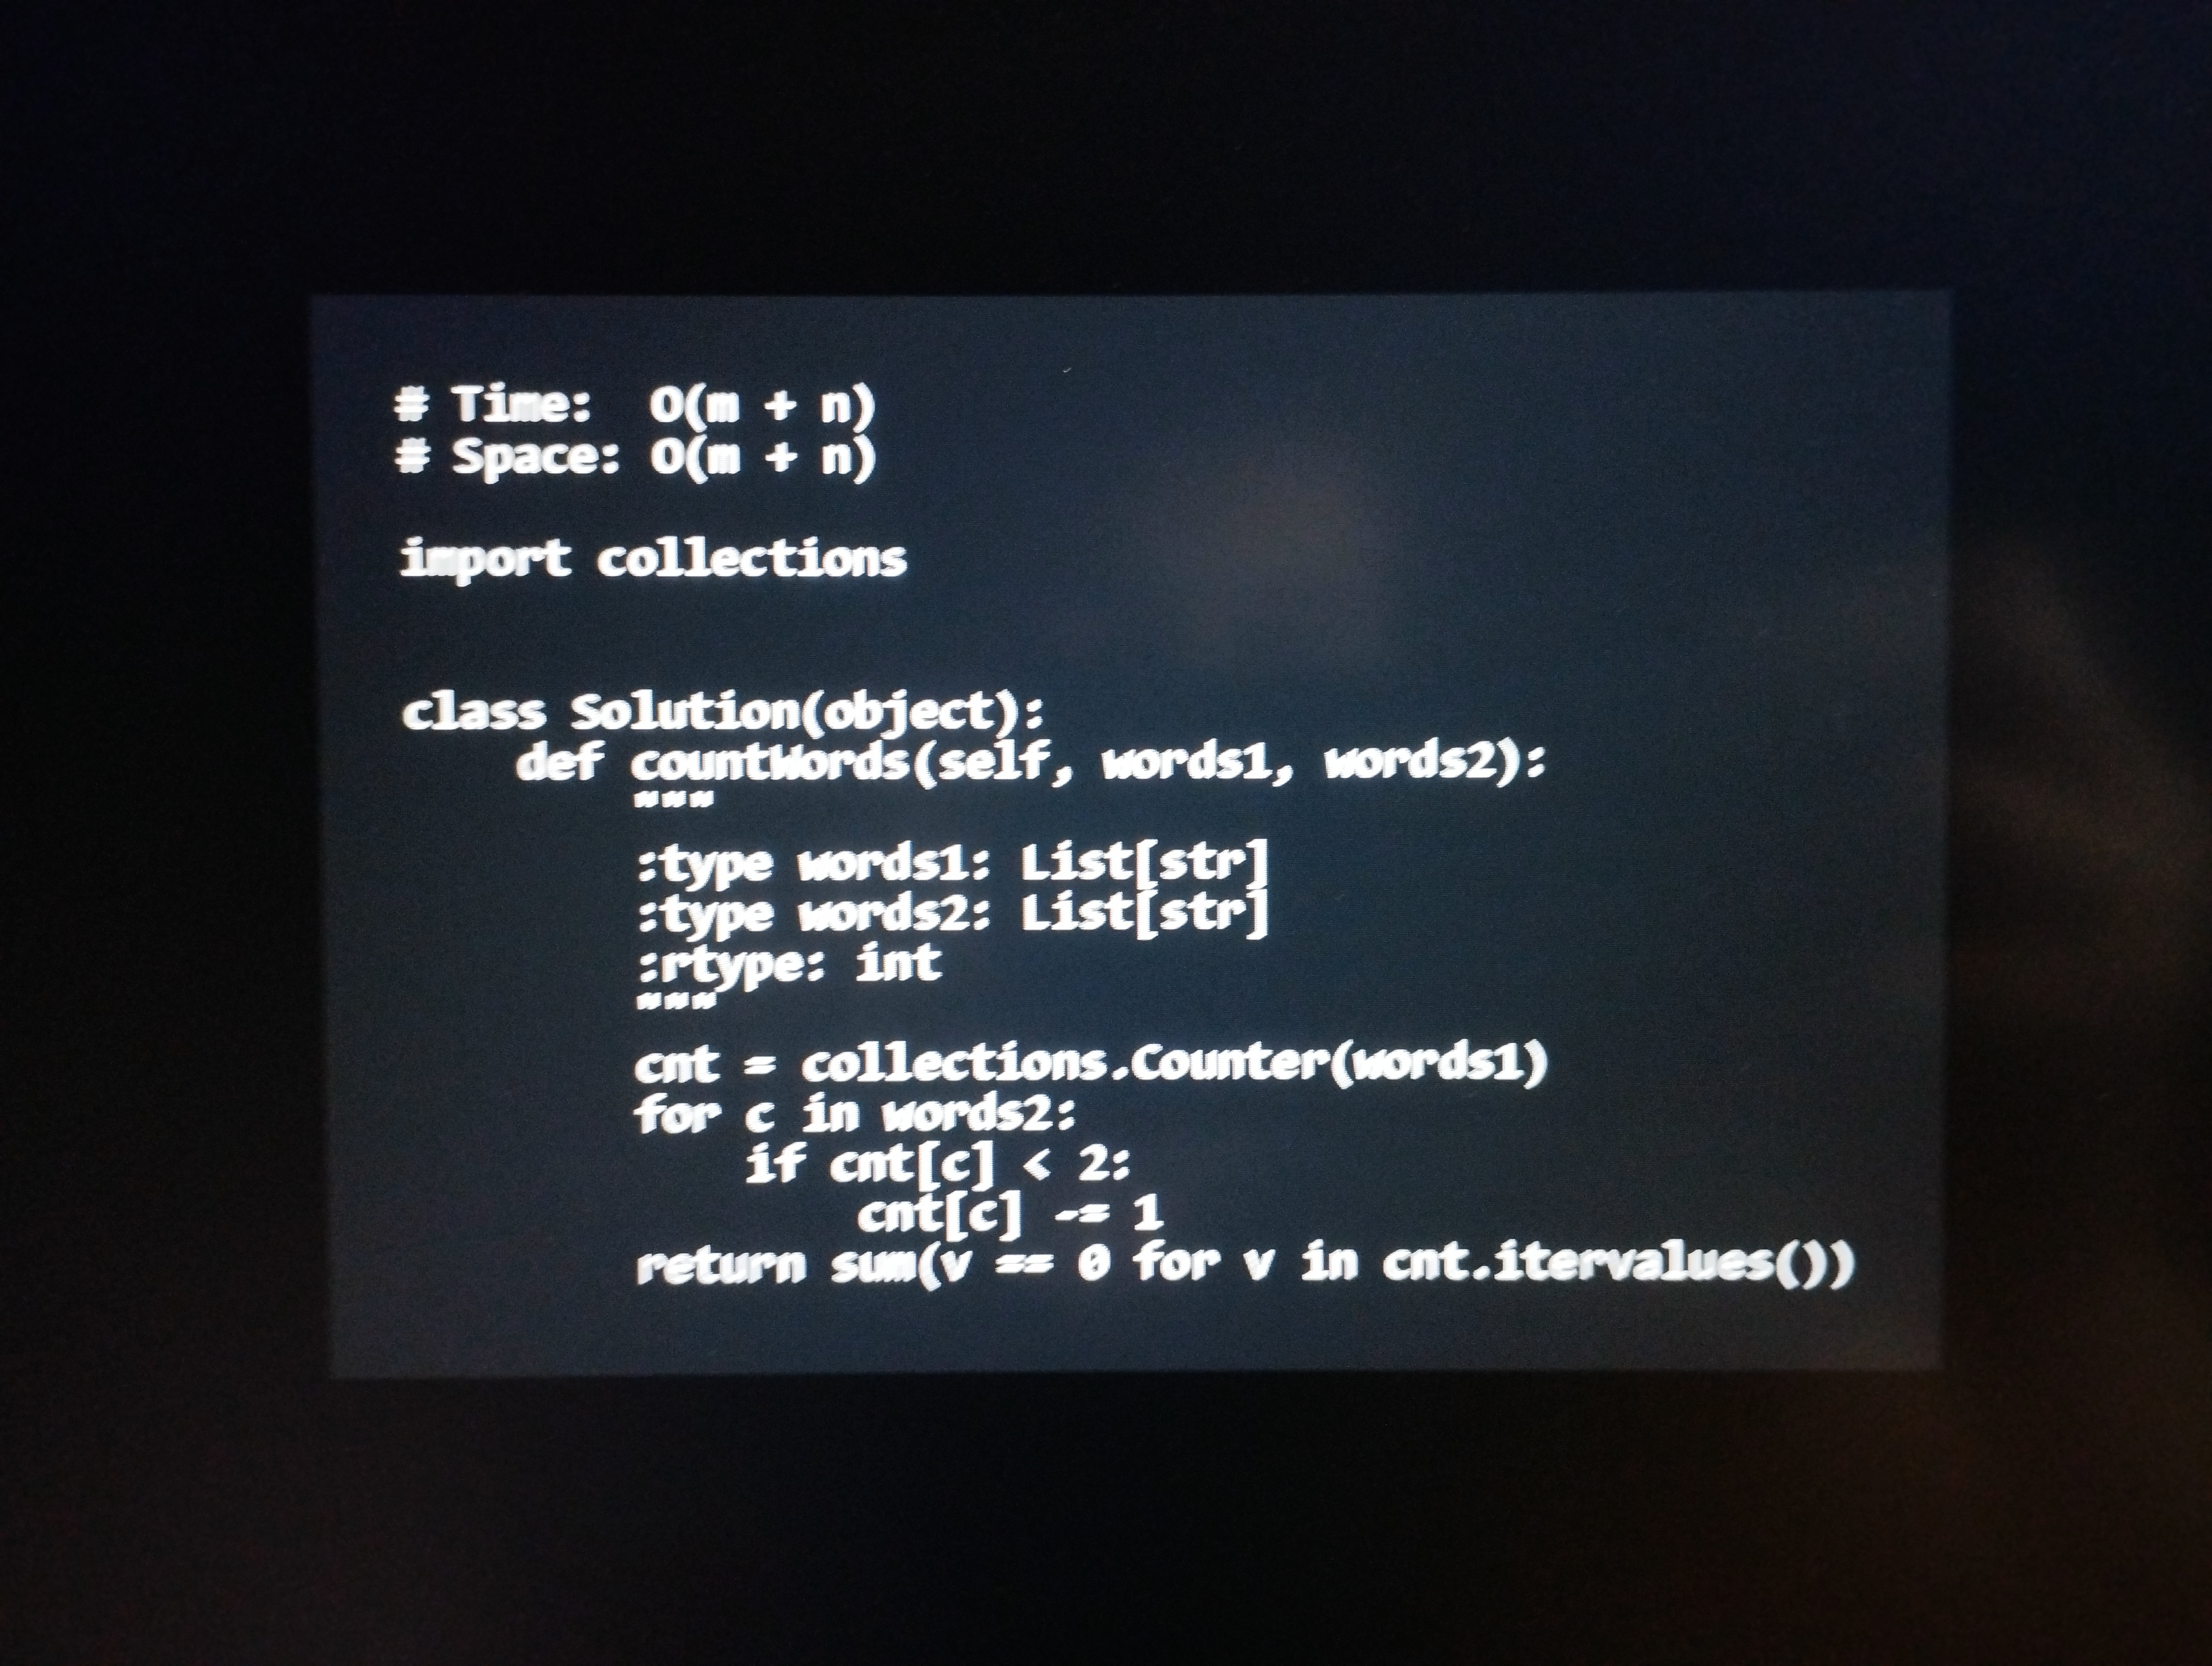
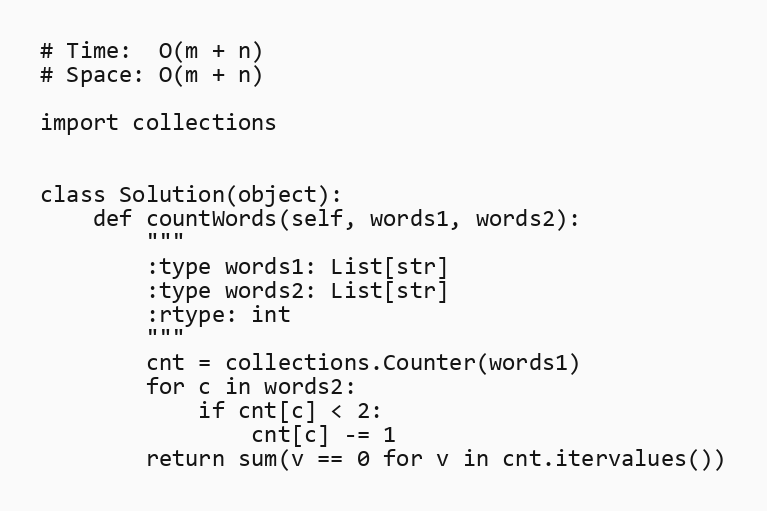
# Time:  O(m + n)
# Space: O(m + n)

import collections

class Solution(object):
    def countWords(self, words1, words2):
        """
        :type words1: List[str]
        :type words2: List[str]
        :rtype: int
        """
        cnt = collections.Counter(words1)
        for c in words2:
            if cnt[c] < 2:
                cnt[c] -= 1
        return sum(v == 0 for v in cnt.itervalues())